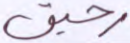
رحيق